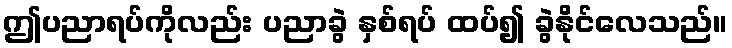
ဤပညာရပ်ကိုလည်း ပညာခွဲ နှစ်ရပ် ထပ်၍ ခွဲနိုင်လေသည်။